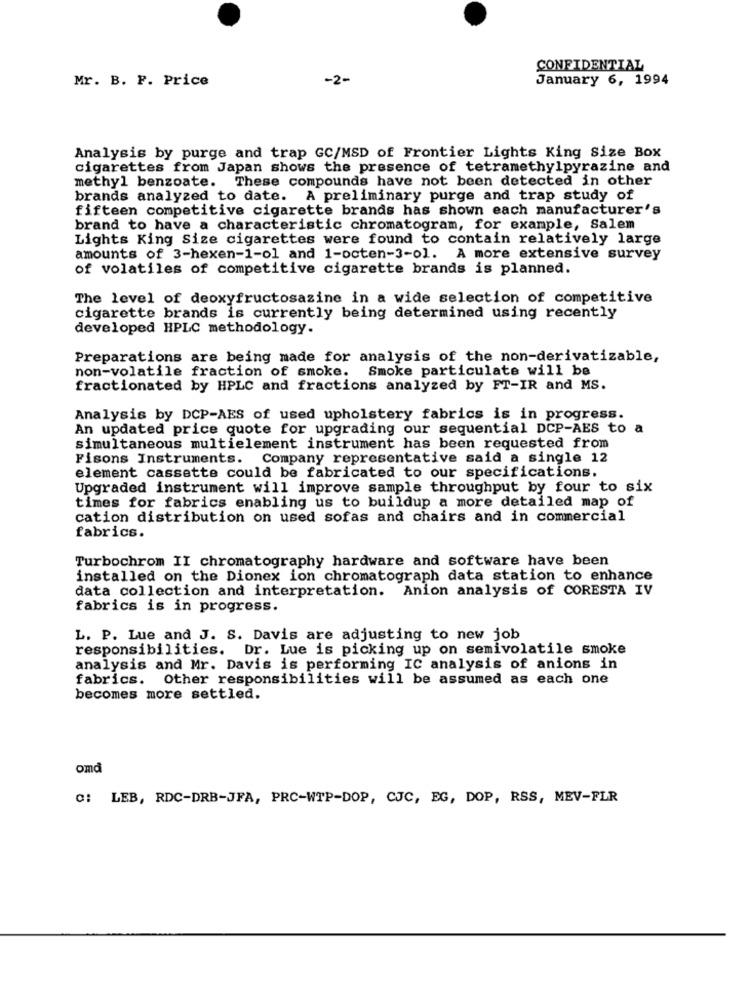
CONFIDENTIAL
Mr. B. F. Price
-2-
January 6, 1994
Analysis by purge and trap GC/MSD of Frontier Lights King Size Box
cigarettes from Japan shows the presence of tetramethylpyrazine and
methyl benzoate. These compounds have not been detected in other
brands analyzed to date. A preliminary purge and trap study of
fifteen competitive cigarette brands has shown each manufacturer's
brand to have a characteristic chromatogram, for example, Salem
Lights King Size cigarettes were found to contain relatively large
amounts of 3-hexen-1-o1 and 1-octen-3-ol. A more extensive survey
of volatiles of competitive cigarette brands is planned.
The level of deoxyfructosazine in a wide selection of competitive
cigarette brands is currently being determined using recently
developed HPLC methodology.
Preparations are being made for analysis of the non-derivatizable,
non-volatile fraction of smoke. Smoke particulate will be
fractionated by HPLC and fractions analyzed by FT-IR and MS.
Analysis by DCP-AES of used upholstery fabrics is in progress.
An updated price quote for upgrading our sequential DCP-AES to a
simultaneous multielement instrument has been requested from
Fisons Instruments. Company representative said a single 12
element cassette could be fabricated to our specifications.
Upgraded instrument will improve sample throughput by four to six
times for fabrics enabling us to buildup a more detailed map of
cation distribution on used sofas and chairs and in commercial
fabrics.
Turbochrom II chromatography hardware and software have been
installed on the Dionex ion chromatograph data station to enhance
data collection and interpretation. Anion analysis of CORESTA IV
fabrics is in progress.
L. P. Lue and J. S. Davis are adjusting to new job
responsibilities. Dr. Lue is picking up on semivolatile smoke
analysis and Mr. Davis is performing IC analysis of anions in
fabrics. Other responsibilities will be assumed as each one
becomes more settled.
omd
": LEB, RDC-DRB-JFA, PRC-WTP-DOP, CJC, EG, DOP, RSS, MEV-FLR